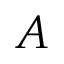
A